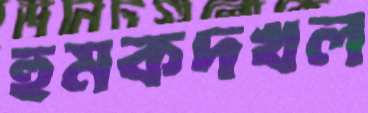
হুমকদখল